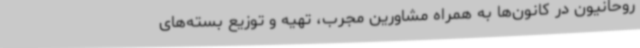
روحانیون در کانون‌ها به همراه مشاورین مجرب، تهیه و توزیع بسته‌های